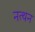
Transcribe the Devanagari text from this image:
नत्थन